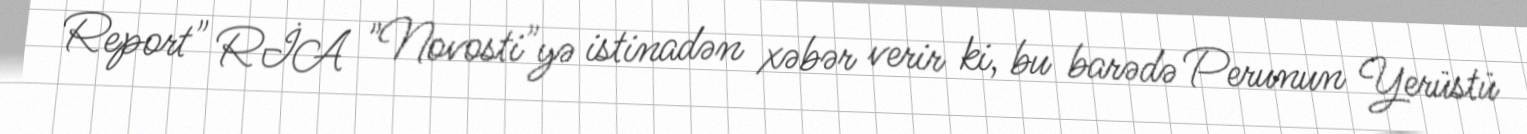
Report" RİA "Novosti"yə istinadən xəbər verir ki, bu barədə Perunun Yerüstü